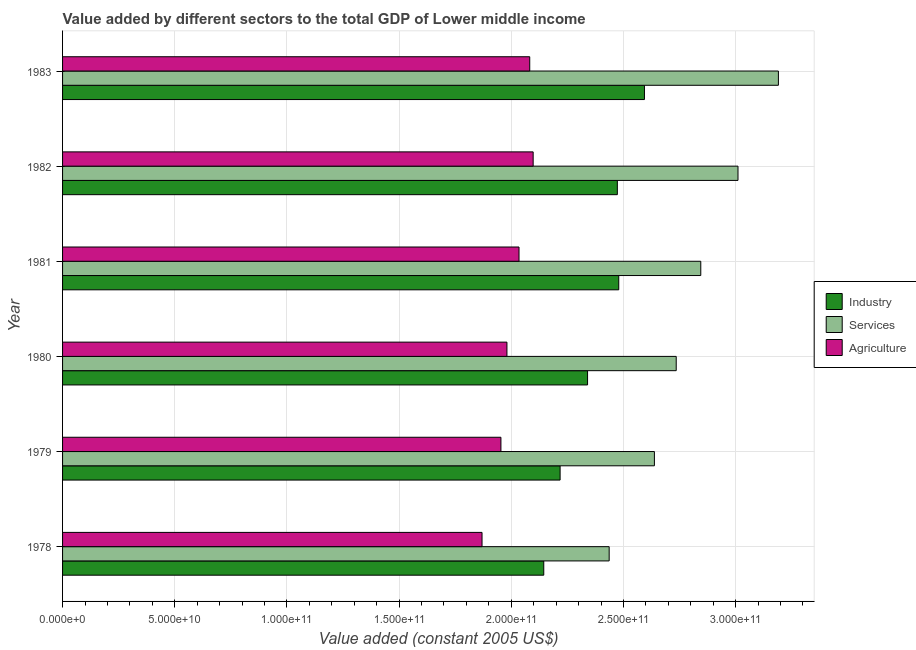
| Year | Industry | Services | Agriculture |
 | --- | --- | --- | --- |
 | 1978 | 2.14e+11 | 2.44e+11 | 1.87e+11 |
 | 1979 | 2.22e+11 | 2.64e+11 | 1.95e+11 |
 | 1980 | 2.34e+11 | 2.74e+11 | 1.98e+11 |
 | 1981 | 2.48e+11 | 2.84e+11 | 2.03e+11 |
 | 1982 | 2.47e+11 | 3.01e+11 | 2.1e+11 |
 | 1983 | 2.59e+11 | 3.19e+11 | 2.08e+11 |